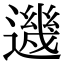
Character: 𨗂